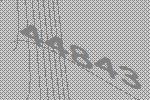
44843